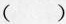
( )